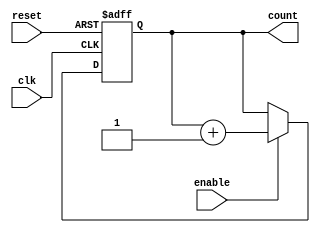
module cascaded_counter (
    input wire clk,          // Clock signal
    input wire reset,        // Asynchronous reset
    input wire enable,       // Enable signal
    output reg [3:0] count   // 4-bit counter output
);

    // Always block triggered on the rising edge of the clock or reset
    always @(posedge clk or posedge reset) begin
        if (reset) begin
            count <= 4'b0000; // Reset the counter to 0
        end else if (enable) begin
            // Increment the counter
            count <= count + 1;
        end
    end

endmodule